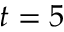
t = 5